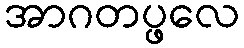
အာဂတပ္ဖလေ